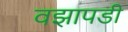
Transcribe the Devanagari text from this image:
वझापडी